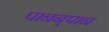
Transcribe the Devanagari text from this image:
पानन्‌पान